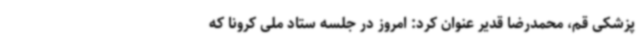
پزشکی قم، محمدرضا قدیر عنوان کرد: امروز در جلسه ستاد ملی کرونا که